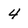
Character: 4